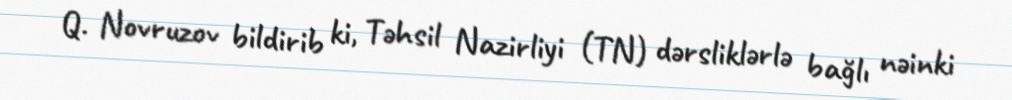
Q. Novruzov bildirib ki, Təhsil Nazirliyi (TN) dərsliklərlə bağlı nəinki